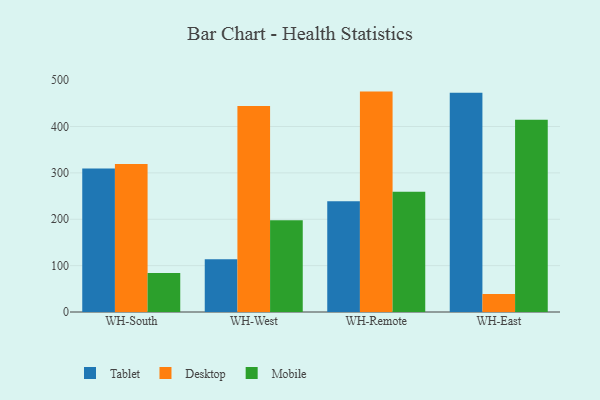
{"axis": {"x": "Warehouse", "y": "Gross Profit (USD K)"}, "legend": ["Desktop", "Mobile", "Tablet"], "data": [{"x": "WH-South", "y": 309.6, "type": "Tablet"}, {"x": "WH-South", "y": 319.1, "type": "Desktop"}, {"x": "WH-South", "y": 83.9, "type": "Mobile"}, {"x": "WH-West", "y": 113.6, "type": "Tablet"}, {"x": "WH-West", "y": 444.3, "type": "Desktop"}, {"x": "WH-West", "y": 197.8, "type": "Mobile"}, {"x": "WH-Remote", "y": 239.1, "type": "Tablet"}, {"x": "WH-Remote", "y": 475.3, "type": "Desktop"}, {"x": "WH-Remote", "y": 259.2, "type": "Mobile"}, {"x": "WH-East", "y": 472.9, "type": "Tablet"}, {"x": "WH-East", "y": 38.8, "type": "Desktop"}, {"x": "WH-East", "y": 414.4, "type": "Mobile"}]}